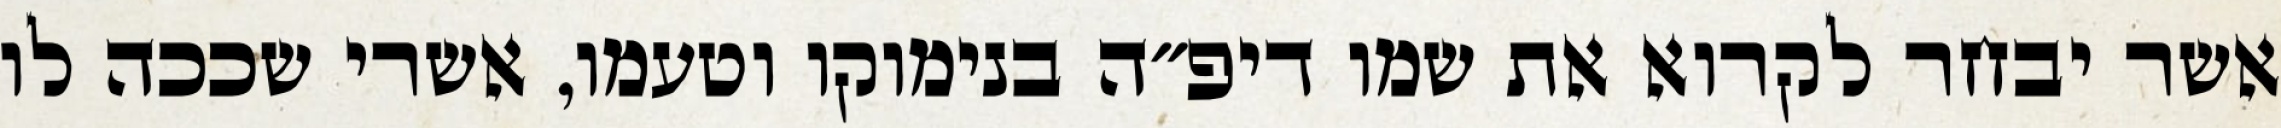
אשר יבחר לקרוא את שמו דיפ״ה בנימוקו וטעמו, אשרי שככה לו